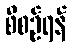
စီစဉ်ရန်